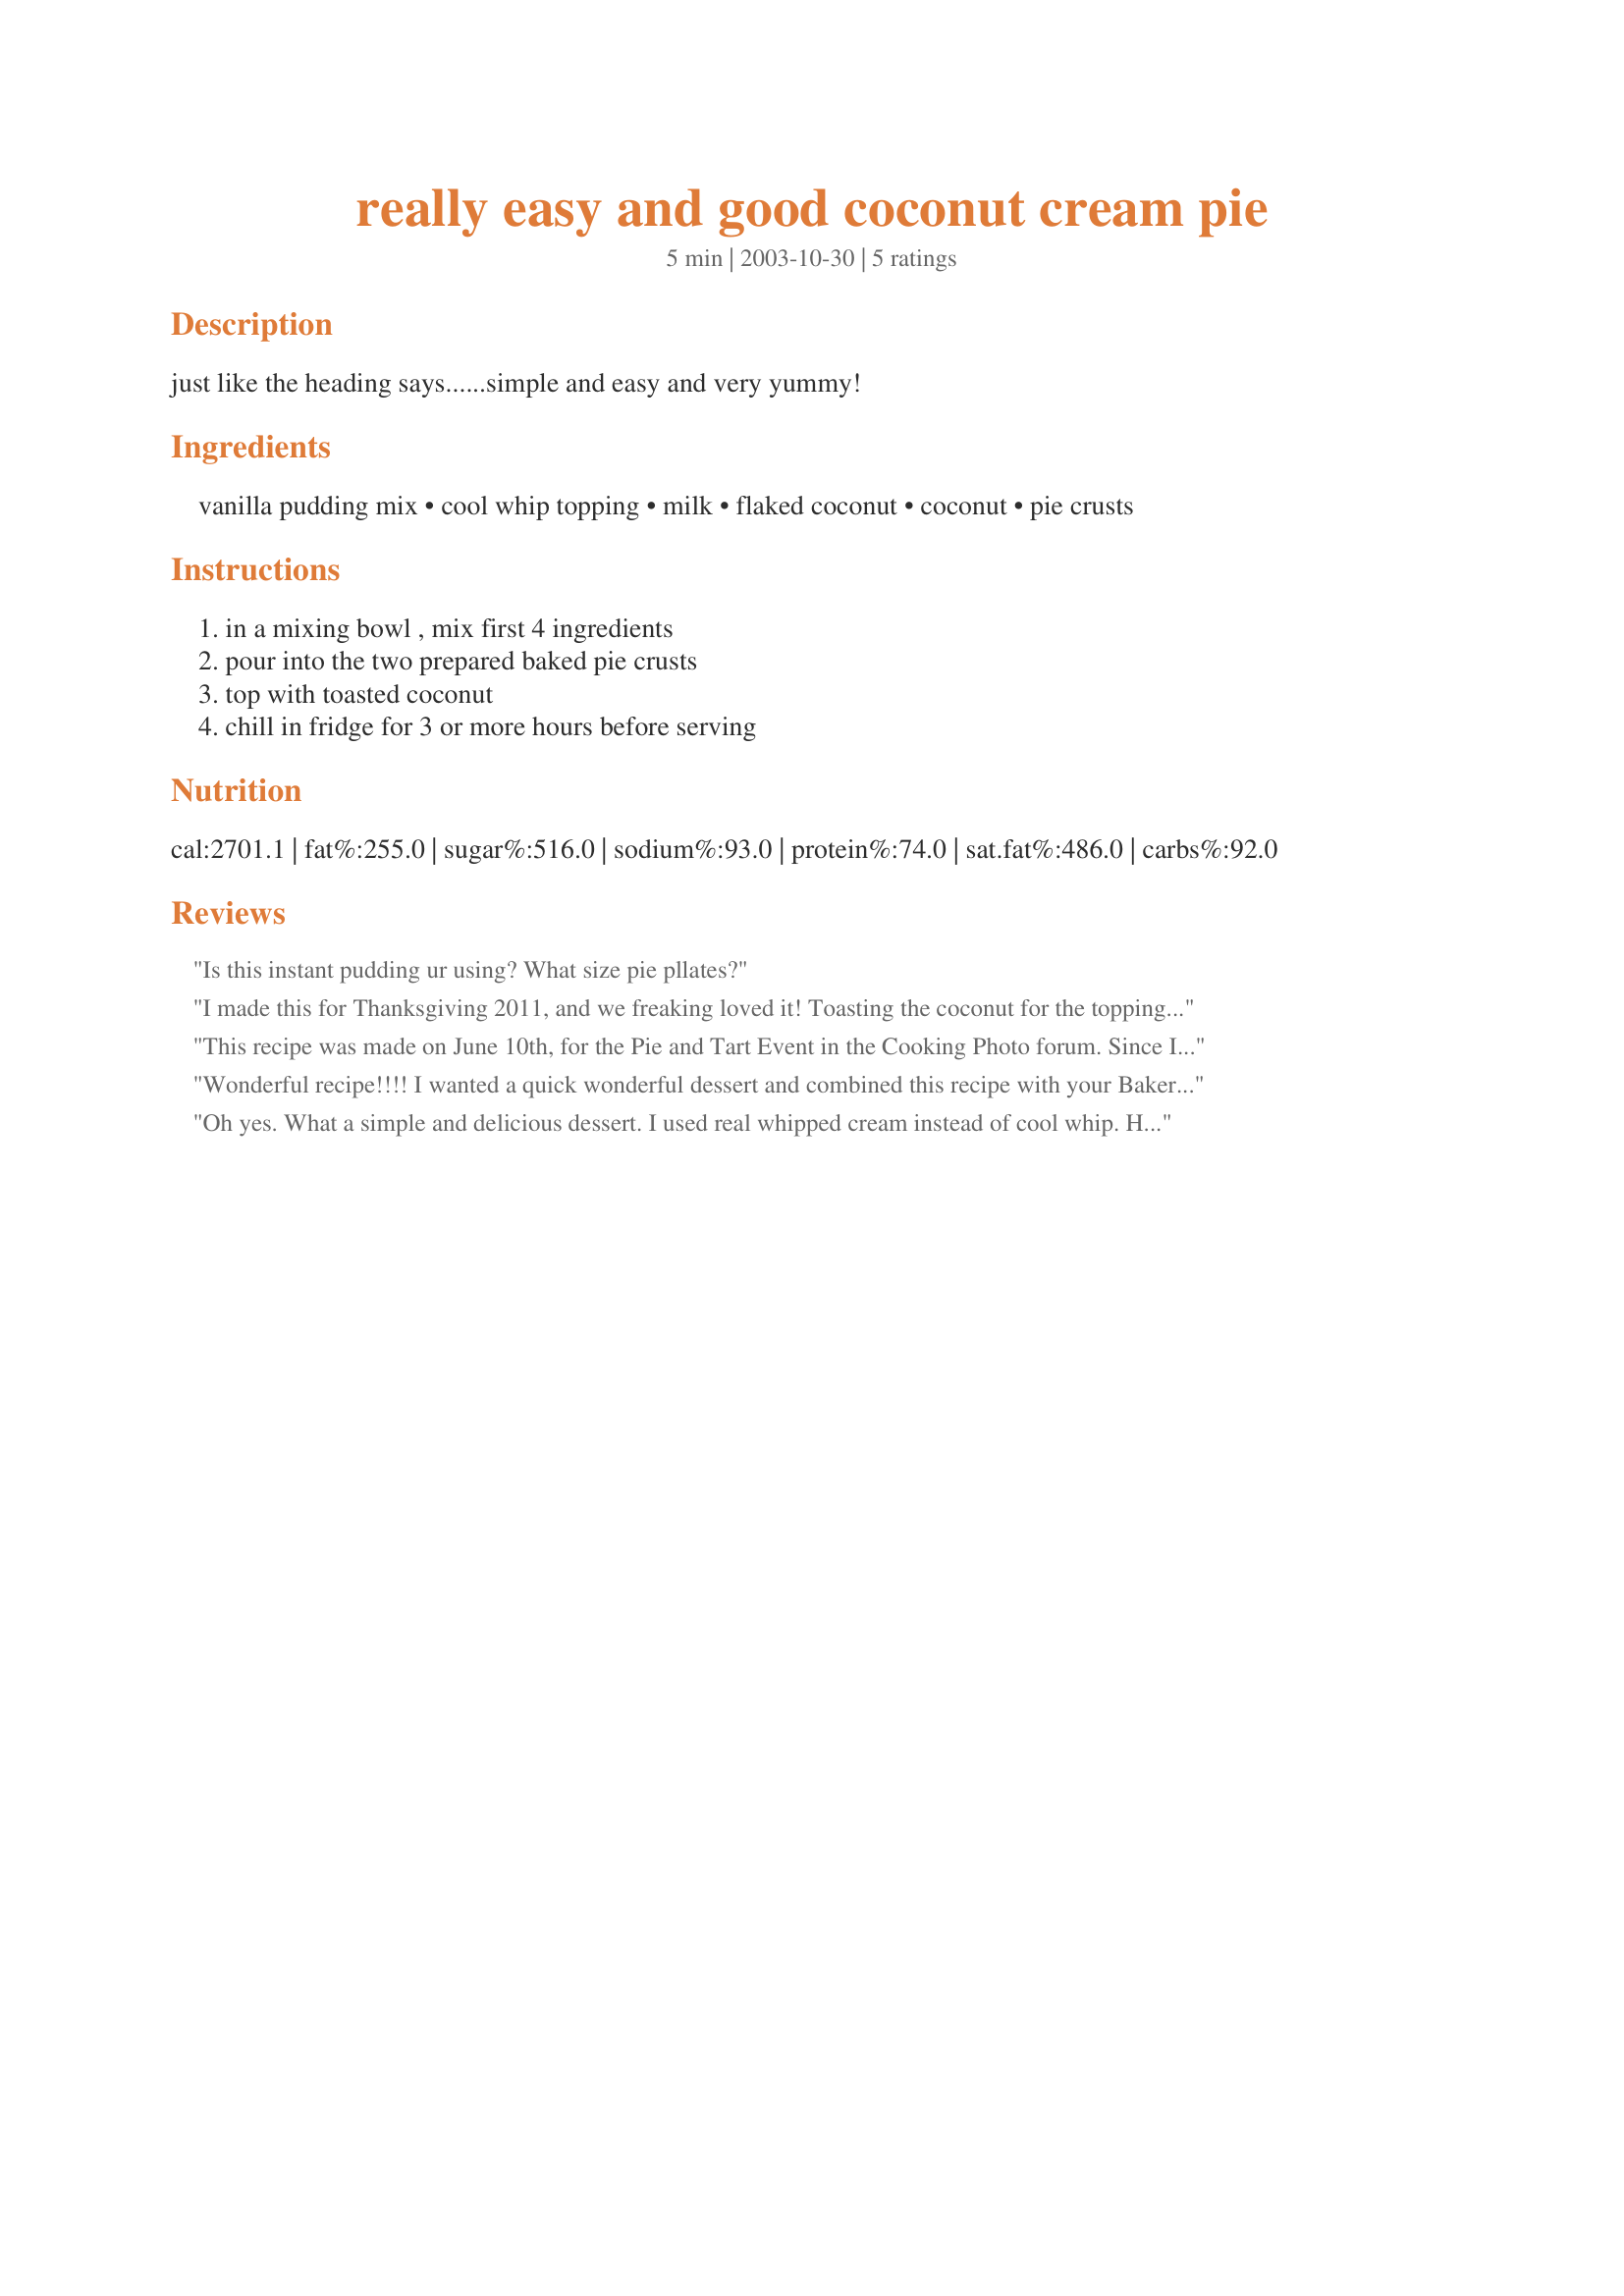
really easy and good coconut cream pie
Preparation time: 5 minutes

just like the heading says......simple and easy and very yummy!

Ingredients:
vanilla pudding mix, cool whip topping, milk, flaked coconut, coconut, pie crusts

Steps:
in a mixing bowl , mix first 4 ingredients, pour into the two prepared baked pie crusts, top with toasted coconut, chill in fridge for 3 or more hours before serving

Reviews:
Is this instant pudding ur using? What size pie pllates?
I made this for Thanksgiving 2011, and we freaking loved it! Toasting the coconut for the topping is so important, but don't go trying to do anything while it's toasting! Watch it closely, stir it around the baking sheet until it is perfectly golden, and you will be rewarded. Toasted coconut is so incredibly delicious, I toasted extra so there was a more for the topping, and I actually added some of the toasted to the filling as well, maybe about 1/3 cup or so. The three of us in the kitchen were so impressed, we made sure to hide some to be sure we all got some, since there was a really large gathering for Friends Thanksgiving. Loved it so much, I made it the next month for my brother and his wife during a visit, then made it again for a late December gathering. Really, the same pie three times in a 5 week period. It's that good. Thanks for sharing!
This recipe was made on June 10th, for the Pie and Tart Event in the Cooking Photo forum. Since I didn't need two pies, the recipe was cut in half. And this is how it was made, a 5 1/2 box of pudding was used ( the large size ) with 2 cups of milk. Then the milk and pudding was mixed together and 1 cup of coconut was added. Then I folded in the full amount of the whipped topping the recipe called for. And just as a personal choice a graham cracker crust was used.Then sprinkled with 3/4 cup of toasted coconut, and chilled for about 4 hours. Then enjoyed a piece of this very good pie. Thanks for posting, and " Keep Smiling :) "
Wonderful recipe!!!! I wanted a quick wonderful dessert and combined this recipe with your Bakery Coconut Cream Pie #77978. Instead of milk, I used coconut milk and cream and added a couple teaspoons of coconut extract. It was so easy to make, but had that great homemade taste! Thank you!! You are the best chef!!!
Oh yes. What a simple and delicious dessert. I used real whipped cream instead of cool whip. Have decided the calories are worth it and have found all my desserts are much the better for it. Also used the filling on sugared, baked wonton skins...wow...that was really, really great. Thanks so much Kitten. Another great one as usual.
